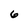
Character: 6